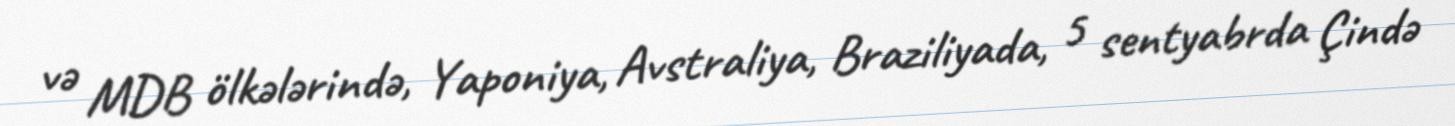
və MDB ölkələrində, Yaponiya, Avstraliya, Braziliyada, 5 sentyabrda Çində